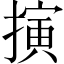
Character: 𢴍